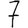
Digit: 7